Report on the working of the Ranchi Indian Mental Hospital, Kanke, in Bihar and Orissa - 1930-1940
Year: 1930
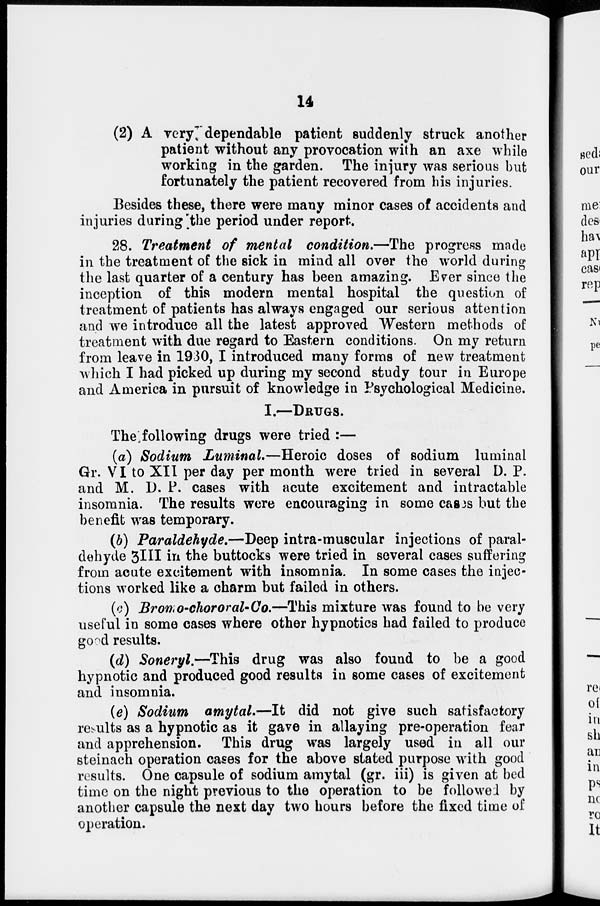
14
(2) A very dependable patient suddenly struck another
patient without any provocation with an axe while
working in the garden. The injury was serious but
fortunately the patient recovered from his injuries.
Besides these, there were many minor cases of accidents and
injuries during the period under report.
28. Treatment of mental condition.—The progress made
in the treatment of the sick in mind all over the world during
the last quarter of a century has been amazing. Ever since the
inception of this modern mental hospital the question of
treatment of patients has always engaged our serious attention
and we introduce all the latest approved Western methods of
treatment with due regard to Eastern conditions. On my return
from leave in 1930, I introduced many forms of new treatment
which I had picked up during my second study tour in Europe
and America in pursuit of knowledge in Psychological Medicine.
I.—DRUGS.
The following drugs were tried :—
(a) Sodium Luminal.—Heroic doses of sodium luminal
Gr. VI to XII per day per month were tried in several D. P.
and M. D. P. cases with acute excitement and intractable
insomnia. The results were encouraging in some cases but the
benefit was temporary.
(b) Paraldehyde.—Deep intra-muscular injections of paral-
dehyde 3III in the buttocks were tried in several cases suffering
from acute excitement with insomnia. In some cases the injec-
tions worked like a charm but failed in others.
(c) Bromo-chororal-Co.—This mixture was found to be very
useful in some cases where other hypnotics had failed to produce
good results.
(d) Soneryl.—This drug was also found to be a good
hypnotic and produced good results in some cases of excitement
and insomnia.
(e) Sodium amytal.—It did not give such satisfactory
results as a hypnotic as it gave in allaying pre-operation fear
and apprehension. This drug was largely used in all our
steinach operation cases for the above stated purpose with good
results. One capsule of sodium amytal (gr. iii) is given at bed
time on the night previous to the operation to be followed by
another capsule the next day two hours before the fixed time of
operation.